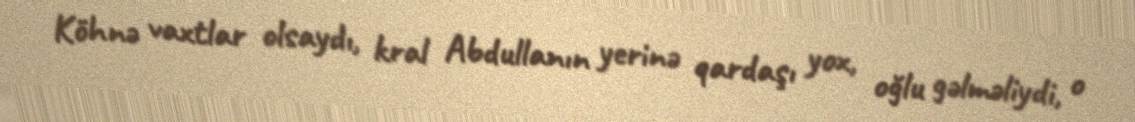
Köhnə vaxtlar olsaydı, kral Abdullanın yerinə qardaşı yox, oğlu gəlməliydi, o